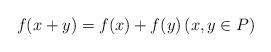
LaTeX: \begin{align*}f(x+y)=f(x)+f(y)\left(x, y\in P\right)\end{align*}